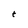
Character: t